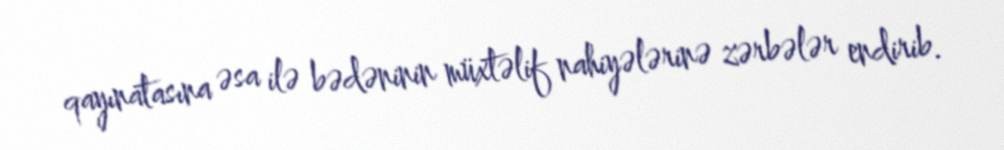
qayınatasına əsa ilə bədəninin müxtəlif nahiyələrinə zərbələr endirib.